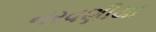
નરવણીયા